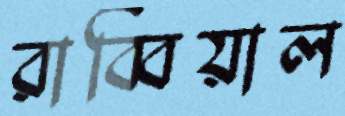
রাব্বিয়াল